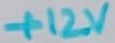
Text: +12V